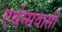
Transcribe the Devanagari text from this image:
एथेन्सवासी